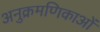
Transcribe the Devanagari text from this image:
अनुक्रमणिकाओं